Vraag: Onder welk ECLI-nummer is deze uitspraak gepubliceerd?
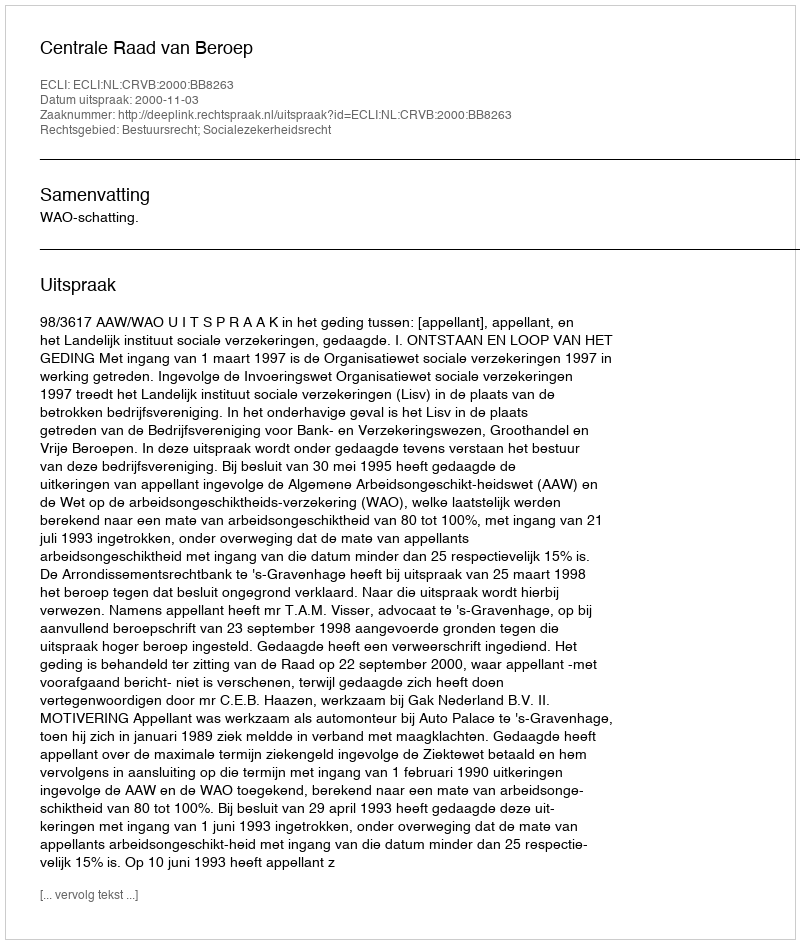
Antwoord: ECLI:NL:CRVB:2000:BB8263